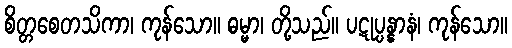
စိတ္တစေတသိကာ၊ ကုန်သော။ ဓမ္မာ၊ တို့သည်။ ပဋုပ္ပန္နာနံ၊ ကုန်သော။